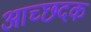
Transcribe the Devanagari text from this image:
आच्छदक